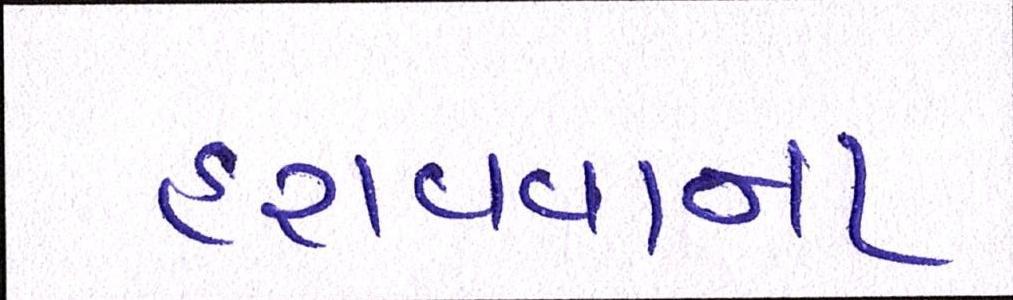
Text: હરાવવાના